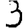
Digit: 3